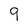
Character: 9